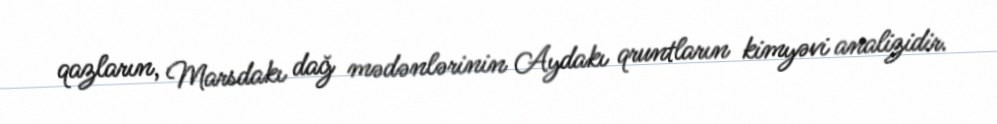
qazların, Marsdakı dağ mədənlərinin Aydakı qruntların kimyəvi analizidir.